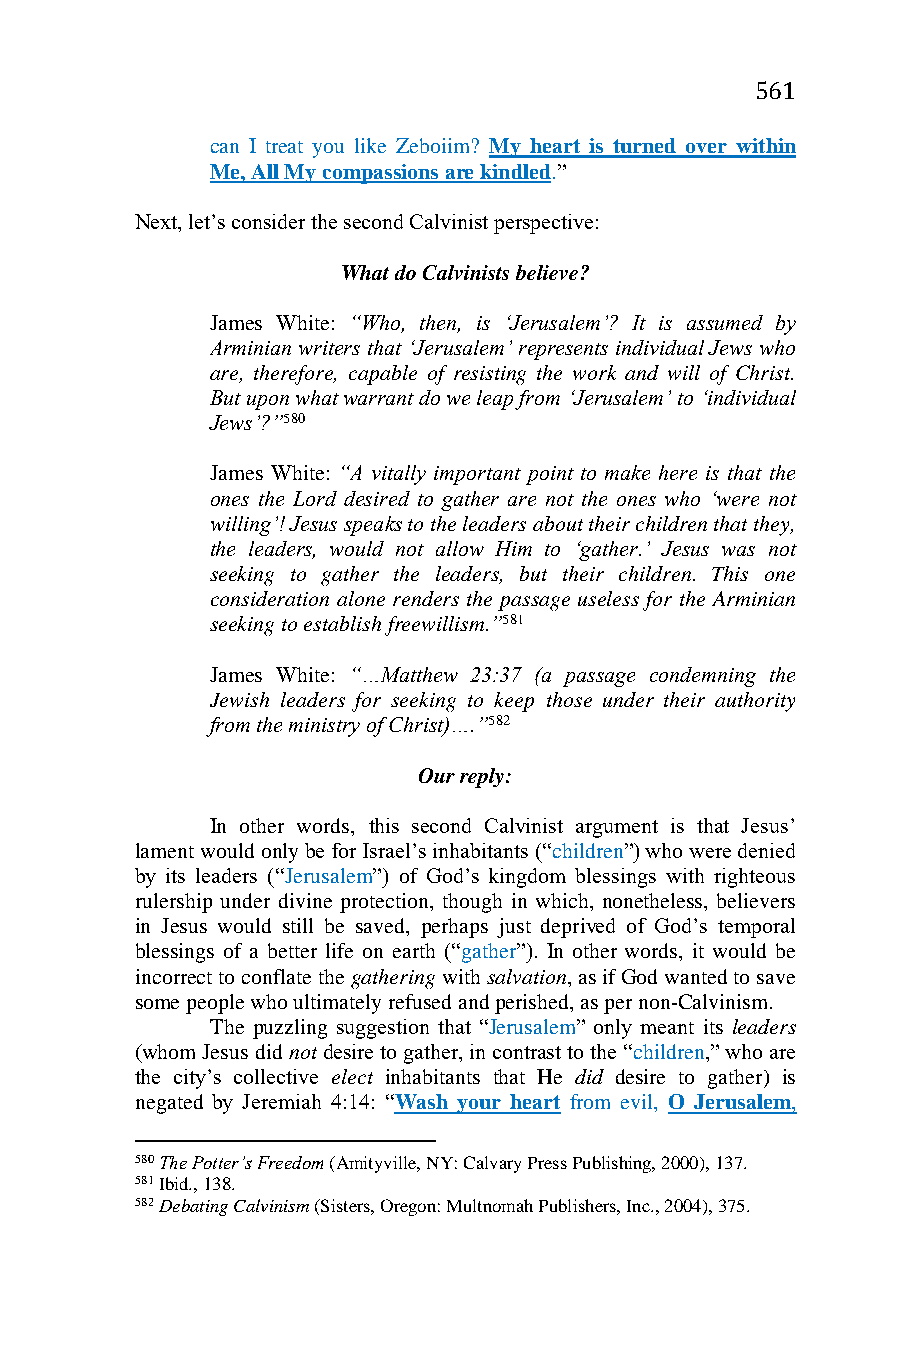
561
 can I treat you like Zeboiim? My heart is turned over within
 Me, All My compassions are kindled.”
 Next, let’s consider the second Calvinist perspective:
 What do Calvinists believe?
 James White: “Who, then, is ‘Jerusalem’? It is assumed by
 Arminian writers that ‘Jerusalem’ represents individual Jews who
 are, therefore, capable of resisting the work and will of Christ.
 But upon what warrant do we leap from ‘Jerusalem’ to ‘individual
 Jews’?”580
 James White: “A vitally important point to make here is that the
 ones the Lord desired to gather are not the ones who ‘were not
 willing’! Jesus speaks to the leaders about their children that they,
 the leaders, would not allow Him to ‘gather.’ Jesus was not
 seeking to gather the leaders, but their children. This one
 consideration alone renders the passage useless for the Arminian
 seeking to establish freewillism.”581
 James White: “…Matthew 23:37 (a passage condemning the
 Jewish leaders for seeking to keep those under their authority
 from the ministry of Christ)….”582
 Our reply:
 In other words, this second Calvinist argument is that Jesus’
 lament would only be for Israel’s inhabitants (“children”) who were denied
 by its leaders (“Jerusalem”) of God’s kingdom blessings with righteous
 rulership under divine protection, though in which, nonetheless, believers
 in Jesus would still be saved, perhaps just deprived of God’s temporal
 blessings of a better life on earth (“gather”). In other words, it would be
 incorrect to conflate the gathering with salvation, as if God wanted to save
 some people who ultimately refused and perished, as per non-Calvinism.
 The puzzling suggestion that “Jerusalem” only meant its leaders
 (whom Jesus did not desire to gather, in contrast to the “children,” who are
 the city’s collective elect inhabitants that He did desire to gather) is
 negated by Jeremiah 4:14: “Wash your heart from evil, O Jerusalem,
 580 The Potter’s Freedom (Amityville, NY: Calvary Press Publishing, 2000), 137.
 581 Ibid., 138.
 582 Debating Calvinism (Sisters, Oregon: Multnomah Publishers, Inc., 2004), 375.